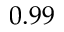
0 . 9 9